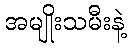
အမျိုးသမီးနဲ့